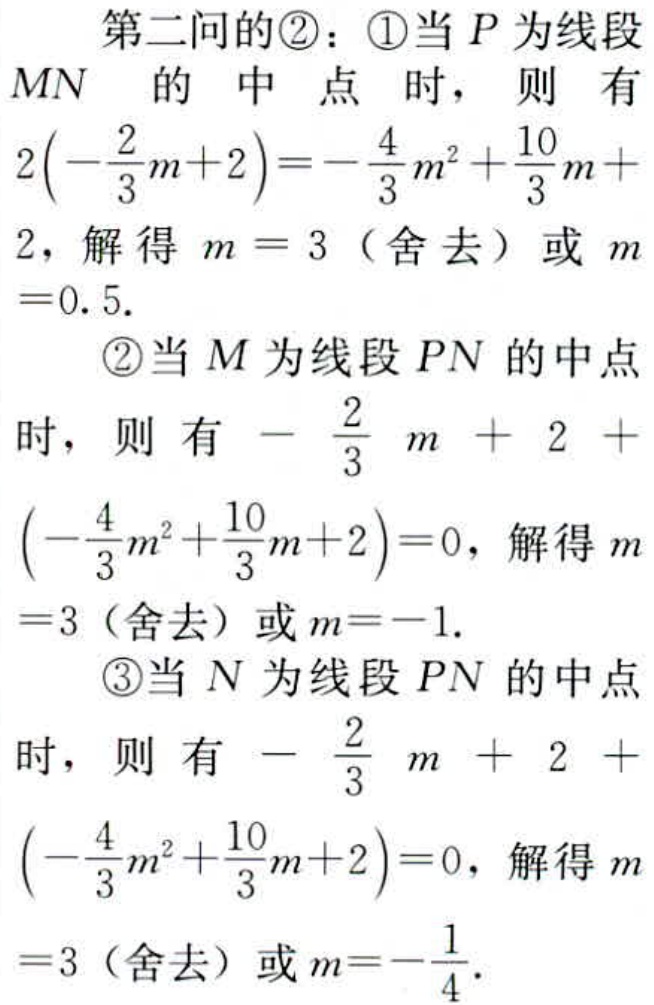
第二问的\textcircled{2}：\textcircled{1}当 \(P\) 为线段 \(MN\) 的中点时，则有 \(2\left(-\frac{2}{3}m + 2\right)=-\frac{4}{3}m^{2}+\frac{10}{3}m + 2\)，解得 \(m = 3\)（舍去）或 \(m = 0.5\).
\textcircled{2}当 \(M\) 为线段 \(PN\) 的中点时，则有 \(-\frac{2}{3}m + 2+\left(-\frac{4}{3}m^{2}+\frac{10}{3}m + 2\right)=0\)，解得 \(m = 3\)（舍去）或 \(m=-1\).
\textcircled{3}当 \(N\) 为线段 \(PN\) 的中点时，则有 \(-\frac{2}{3}m + 2+\left(-\frac{4}{3}m^{2}+\frac{10}{3}m + 2\right)=0\)，解得 \(m = 3\)（舍去）或 \(m=-\frac{1}{4}\).